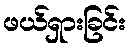
ဖယ်ရှားခြင်း